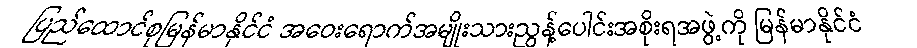
ပြည်ထောင်စုမြန်မာနိုင်ငံ အဝေးရောက်အမျိုးသားညွန့်ပေါင်းအစိုးရအဖွဲ့ကို မြန်မာနိုင်ငံ